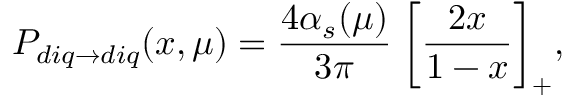
P _ { d i q \to d i q } ( x , \mu ) = \frac { 4 \alpha _ { s } ( \mu ) } { 3 \pi } \; \bigg [ \frac { 2 x } { 1 - x } \biggr ] _ { + } ,